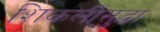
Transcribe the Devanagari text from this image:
शिकलीसुद्धा